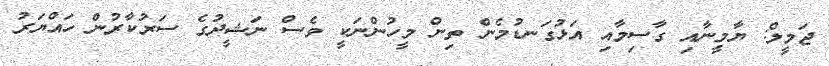
ޖަމީލް: ޔާމީނާއި ގާސިމާއި އަޅުގަނޑުމެން ތިން މީހުންނަކީ ވެސް ނަޝީދުގެ ސަރުކާރުން ހައްޔަރު